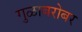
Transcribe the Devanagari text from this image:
गुळाबरोबर